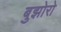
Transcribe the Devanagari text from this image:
बुझोरो